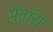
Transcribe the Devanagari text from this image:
सैवॉय